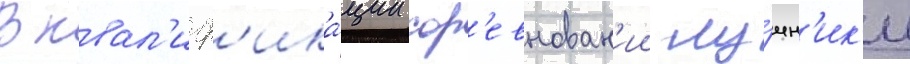
В квал'иф'ика́ции сор'евнован'ии лу́чн'ик'и